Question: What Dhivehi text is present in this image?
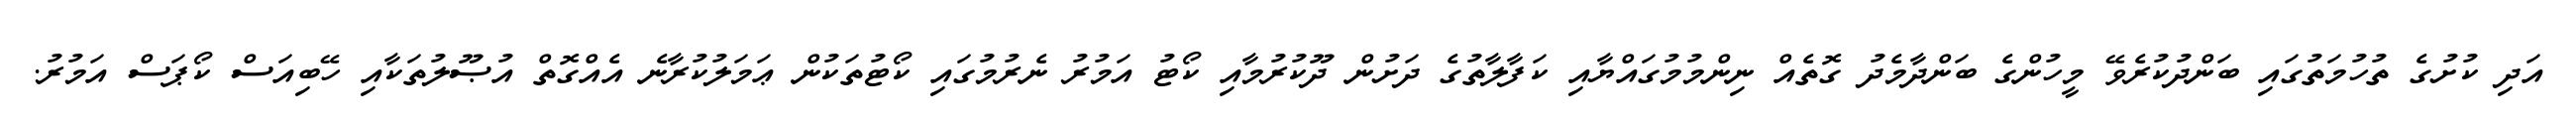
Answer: އަދި ކުށުގެ ތުހުމަތުގައި ބަންދުކުރެވޭ މީހުންގެ ބަންދާމެދު ގޮތެއް ނިންމުމުގައްޔާއި ކަފާލާތުގެ ދަށުން ދޫކުރުމާއި ކޯޓު އަމުރު ނެރުމުގައި ކޯޓުތަކުން ޢަމަލުކުރާނެ އެއްގޮތް އުޞޫލުތަކާއި ހޭބިއަސް ކޯޕަސް އަމުރު.